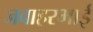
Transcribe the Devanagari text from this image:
जवाहरभाई